Indian journal of veterinary science and animal husbandry - Volumes 18-21, 1948-1951
Year: 1948
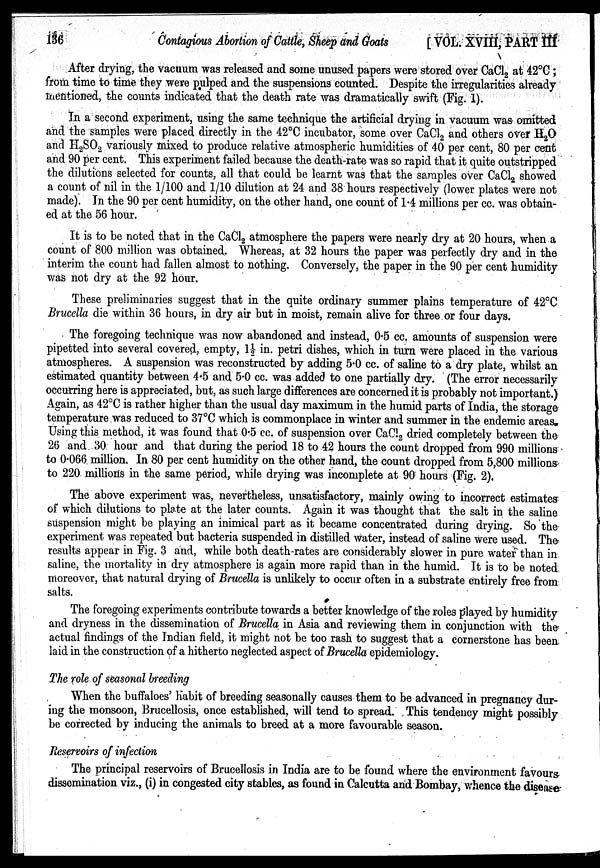
136
Contagious Abortion of Cattle, Sheep and Goats
[VOL. XVIII, PART III
After drying, the vacuum was released and some unused papers were stored over CaCl 2 at 42°C ;
from time to time they were pulped and the suspensions counted. Despite the irregularities already
mentioned, the counts indicated that the death rate was dramatically swift (Fig. 1).
In a second experiment, using the same technique the artificial drying in vacuum was omitted
and the samples were placed directly in the 42°C incubator, some over CaCl 2 and others over H 2 O
and H 2 SO 2 variously mixed to produce relative atmospheric humidities of 40 per cent, 80 per cent
and 90 per cent. This experiment failed because the death-rate was so rapid that it quite outstripped
the dilutions selected for counts, all that could be learnt was that the samples over CaCl 2 showed
a count of nil in the 1/100 and 1/10 dilution at 24 and 38 hours respectively (lower plates were not
made). In the 90 per cent humidity, on the other hand, one count of 1.4 millions per cc. was obtain-
ed at the 56 hour.
It is to be noted that in the CaCl 2 atmosphere the papers were nearly dry at 20 hours, when a
count of 800 million was obtained. Whereas, at 32 hours the paper was perfectly dry and in the
interim the count had fallen almost to nothing. Conversely, the paper in the 90 per cent humidity
was not dry at the 92 hour.
These preliminaries suggest that in the quite ordinary summer plains temperature of 42°C
Brucella die within 36 hours, in dry air but in moist, remain alive for three or four days.
The foregoing technique was now abandoned and instead, 0.5 cc. amounts of suspension were
pipetted into several covered, empty, 1½ in. petri dishes, which in turn were placed in the various
atmospheres. A suspension was reconstructed by adding 5.0 cc. of saline to a dry plate, whilst an
estimated quantity between 4.5 and 5.0 cc. was added to one partially dry. (The error necessarily
occurring here is appreciated, but, as such large differences are concerned it is probably not important.)
Again, as 42°C is rather higher than the usual day maximum in the humid parts of India, the storage
temperature was reduced to 37°C which is commonplace in winter and summer in the endemic areas.
Using this method, it was found that 0.5 cc. of suspension over CaCl 2 dried completely between the
26 and 30 hour and that during the period 18 to 42 hours the count dropped from 990 millions
to 0.066 million. In 80 per cent humidity on the other hand, the count dropped from 5,800 millions
to 220 millions in the same period, while drying was incomplete at 90 hours (Fig. 2).
The above experiment was, nevertheless, unsatisfactory, mainly owing to incorrect estimates
of which dilutions to plate at the later counts. Again it was thought that the salt in the saline
suspension might be playing an inimical part as it became concentrated during drying. So the
experiment was repeated but bacteria suspended in distilled water, instead of saline were used. The
results appear in Fig. 3 and, while both death-rates are considerably slower in pure water than in
saline, the mortality in dry atmosphere is again more rapid than in the humid. It is to be noted
moreover, that natural drying of Brucella is unlikely to occur often in a substrate entirely free from
salts.
The foregoing experiments contribute towards a better knowledge of the roles played by humidity
and dryness in the dissemination of Brucella in Asia and reviewing them in conjunction with the
actual findings of the Indian field, it might not be too rash to suggest that a cornerstone has been
laid in the construction of a hitherto neglected aspect of Brucella epidemiology.
The role of seasonal breeding
When the buffaloes' habit of breeding seasonally causes them to be advanced in pregnancy dur-
ing the monsoon, Brucellosis, once established, will tend to spread. This tendency might possibly
be corrected by inducing the animals to breed at a more favourable season.
Reservoirs of infection
The principal reservoirs of Brucellosis in India are to be found where the environment favours
dissemination viz., (i) in congested city stables, as found in Calcutta and Bombay, whence the disease